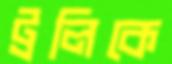
ট্রলিকে